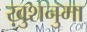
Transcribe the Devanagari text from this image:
ख़ुशनुमा